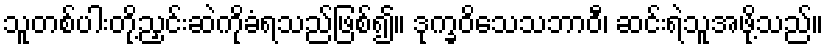
သူတစ်ပါးတို့ညှင်းဆဲကိုခံရသည်ဖြစ်၍။ ဒုက္ခဝိသေသဘာဝီ၊ ဆင်းရဲသူအဖို့သည်။